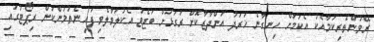
ރޭވުންތެރިކަމާއެކު އެކަމަށް ހިނގާނެ ޚަރަދު އަންދާޒާކޮށް ރަގަޅަށް ބަޖެޓު އެކުލަވާލެވިފައި ނެތުމުންކަން ރިޕޯޓުގައި